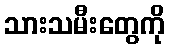
သားသမီးတွေကို